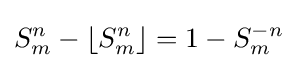
{S_{m}^{n}-\left\lfloor S_{m}^{n}\right\rfloor }=1-S_{m}^{-n}